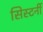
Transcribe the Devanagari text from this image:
सिस्टर्नी